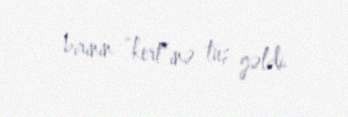
birinin “kert”inə tuş gəldi.